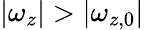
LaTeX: |\omega_{z}|>|\omega_{z,0}|